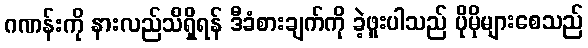
ဂဏန်းကို နားလည်သိရှိရန် ဒီခံစားချက်ကို ခဲ့ဖူးပါသည် ပိုမိုများစေသည်